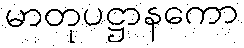
မာတုပဋ္ဌာနကော